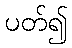
ပတ်၍